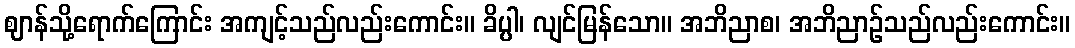
ဈာန်သို့ရောက်ကြောင်း အကျင့်သည်လည်းကောင်း။ ခိပ္ပါ၊ လျင်မြန်သော။ အဘိညာစ၊ အဘိညာဉ်သည်လည်းကောင်း။